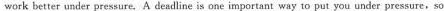
work better under pressure. A deadline is one important way to put you under pressure,so